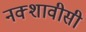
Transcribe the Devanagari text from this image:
नक्शावीसी